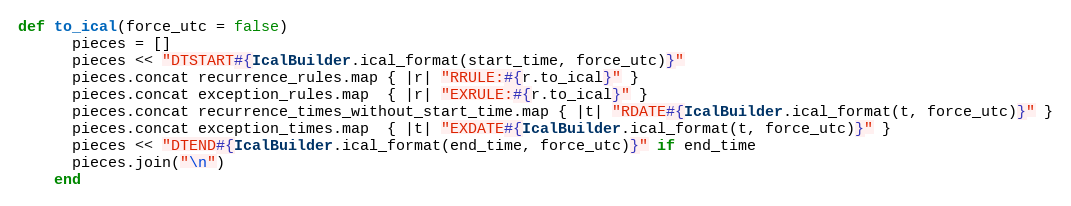
Language: Ruby
def to_ical(force_utc = false)
      pieces = []
      pieces << "DTSTART#{IcalBuilder.ical_format(start_time, force_utc)}"
      pieces.concat recurrence_rules.map { |r| "RRULE:#{r.to_ical}" }
      pieces.concat exception_rules.map  { |r| "EXRULE:#{r.to_ical}" }
      pieces.concat recurrence_times_without_start_time.map { |t| "RDATE#{IcalBuilder.ical_format(t, force_utc)}" }
      pieces.concat exception_times.map  { |t| "EXDATE#{IcalBuilder.ical_format(t, force_utc)}" }
      pieces << "DTEND#{IcalBuilder.ical_format(end_time, force_utc)}" if end_time
      pieces.join("\n")
    end